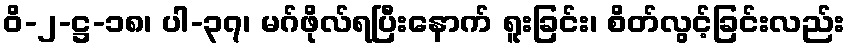
ဝိ-၂-ဋ္ဌ-၁၈၊ ပါ-၃၇၊ မဂ်ဖိုလ်ရပြီးနောက် ရူးခြင်း၊ စိတ်လွင့်ခြင်းလည်း